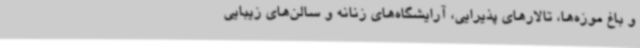
و باغ موزه‌ها، تالارهای پذیرایی، آرایشگاه‌های زنانه و سالن‌های زیبایی